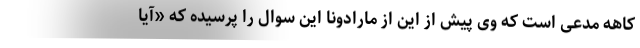
کاهه مدعی است که وی پیش از این از مارادونا این سوال را پرسیده که «آیا